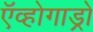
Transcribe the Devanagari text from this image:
ऍव्होगाड्रो